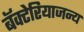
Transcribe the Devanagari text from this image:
बॅक्टेरियाजन्य